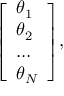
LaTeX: { \left[ \begin{array} { l } { \theta _ { 1 } } \\ { \theta _ { 2 } } \\ { \dots } \\ { \theta _ { N } } \end{array} \right] } ,